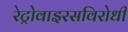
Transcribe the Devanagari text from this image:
रेट्रोवाइरसविरोधी